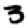
Digit: 3